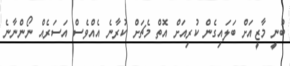
ބުނީ މާޒީއަށް ބަލައިގެން ކުރިއަށް އޮތް މެޗަށް ކުރާނެ އެއްވެސް އަސަރެއް ނޯންނާނެ